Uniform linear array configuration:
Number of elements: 12
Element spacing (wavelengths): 0.25
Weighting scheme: blackman
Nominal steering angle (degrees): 30
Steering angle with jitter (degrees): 29.431
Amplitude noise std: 0.05
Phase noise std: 0.05

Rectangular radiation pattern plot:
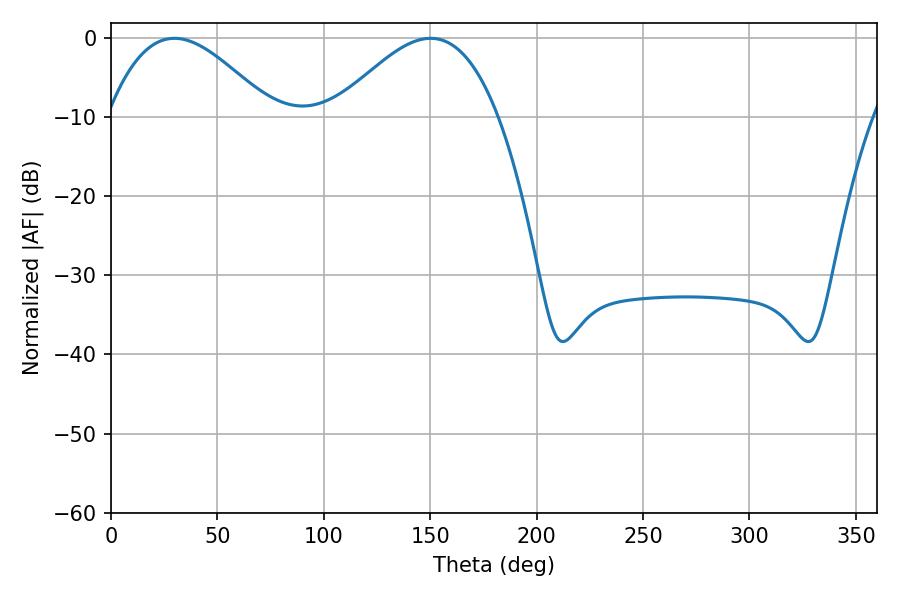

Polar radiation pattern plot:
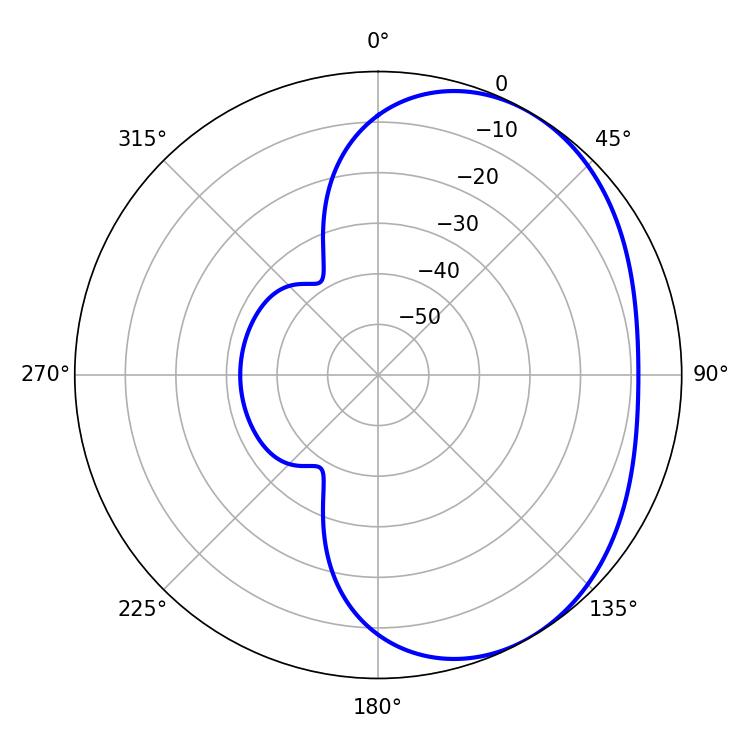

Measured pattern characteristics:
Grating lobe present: FALSE
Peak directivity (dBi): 3.45
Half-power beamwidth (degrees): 41.58
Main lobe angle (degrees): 29.88